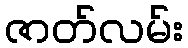
ဇာတ်လမ်း